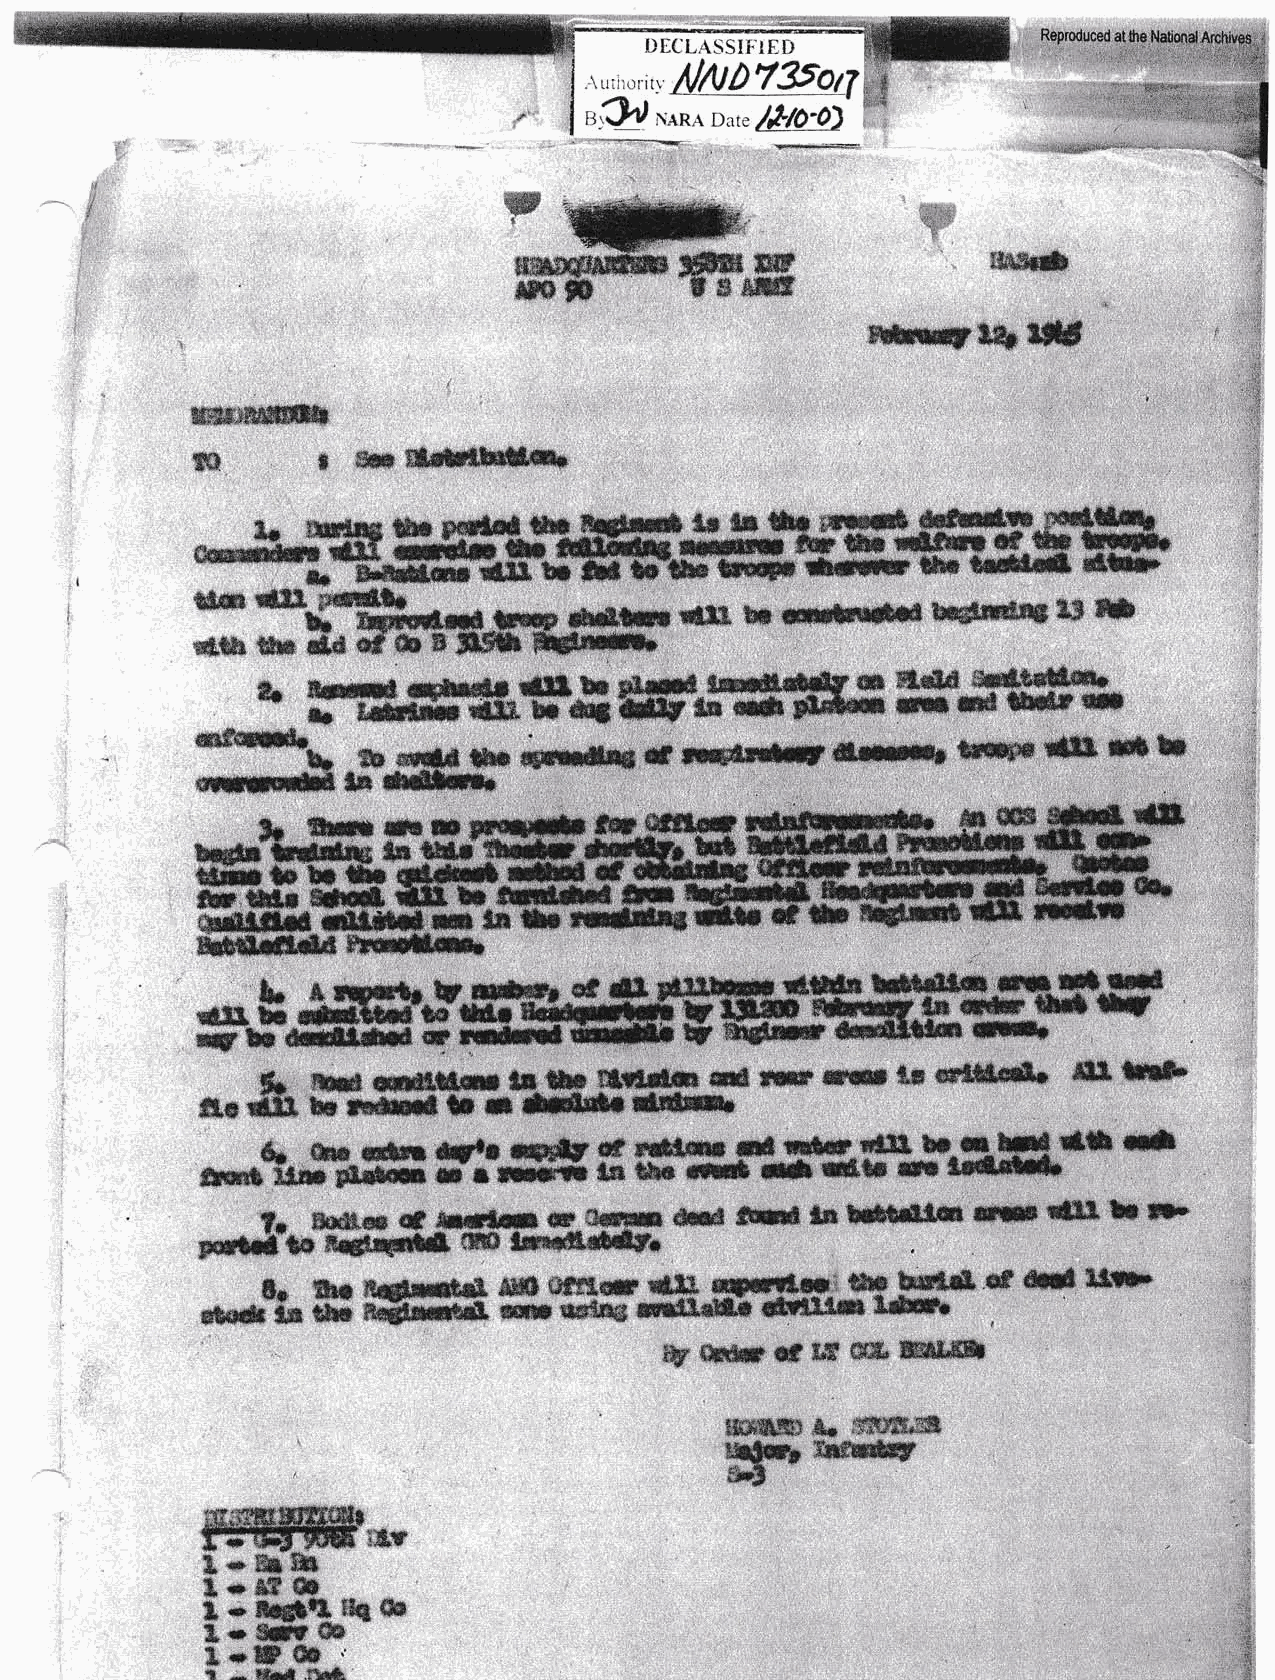
D[CLASSIFIF]II
 \ti  ilN|79otr,i
 ,:i,r
 n?t
 \{RA IJ.*: &to:o)
 ilL:iiiril
 rtesililt
 ,effi ffi
 w
 sflw
 wls.iffi
 Sft     f  $ffi fl&#&F{Mffi*
 wffi*ffiffi -#*ug[d
 -*                  iffiry #*EeE sE.s' WwMffiM@S.Sffi
 'egi.eer i- tE u &sd-d fcf f- itu n B %Sffift f i fl6 i#,ffi ffi#-=%*ffim#trffi
 k
 *i  ffim   4SA er +!*IIg &Iy f,Ii BW E*ffiffi mlEtB *FFI4 5.s5
 **bb
 s*  h
 :ic :--.e€ls ta* -q#dm sf *wrFdcrcc,ffil     -G?l
 ":ffie$Afefficur
 .
 ffi:ffi.
 b   sryets  t                                  {c d!{r, d Esai
 ffi\ffiffibffir
 offi,tkt H
 @EL bG
 aryrbe ddl&!   c                                   fiHHffir
 H.  'rud MHu*    Ss ift€ B*t.da Erd re sffir ts *'€@dr sEE htG'
 ffi.a #& eff ffi#Effir* *il ffi *#qetilfrffi
 6,  m  d6sr qn*  ffi#  eE rctffi FE ufis-H+jl^*IFE   *s  tt
 r-r rmi*   lF t# #   fr.E ultt s  tueEE*I'
 5tlrt*;,-ii,m-FtfliflI1
 ?-  f,*r:i# *r*imt {x, gltm {*sd ffii Es hne$eEiro EtEt Ht[3 bo F-
 EE
 e*l*qntA ffi lrn###S.
 F-iltri-ts
 d      1i*'
 8o  ec r.aefad*.l *sB';ftEgl s4+ Pa+m  @   IEtr[sX dcgf,
 Etdr6k t$ tans nqffi el##'*FiftjffiS34# €}rt3j[r* t+aEb
 w*wwx,gffiffiffi
 rfsffi,s
 ESeffiH"] *.c
 x&$wrffi"@
 i:o3
 ;:$Filtffiffiffi*
 ffii--Ef'Bffi:ar
 .b"*ffimffi
 *.pffiffiS
 *
 1  Bgt{L ;U fie
 E'*ffi#sffi
 *,*Wffi  j                                                          ri
 t ;
 S**r&:t&CL